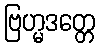
ဗြဟ္မဒတ္တေ